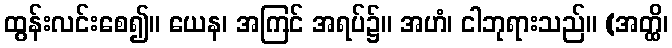
ထွန်းလင်းစေ၍။ ယေန၊ အကြင် အရပ်၌။ အဟံ၊ ငါဘုရားသည်။ (အတ္ထိ၊